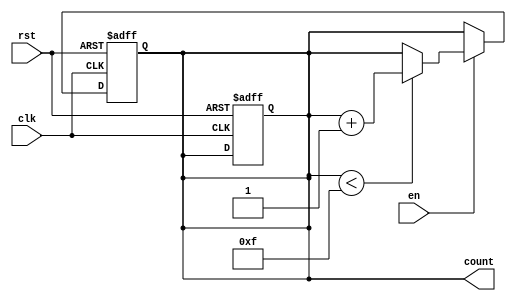
module incremental_counter #(
    parameter MAX_VAL = 15, // Parameter for maximum count value (can be adjusted)
    parameter WIDTH = 4     // Width of the counter (log2(MAX_VAL + 1))
)(
    input wire clk,         // Clock signal
    input wire rst,         // Asynchronous reset signal
    input wire en,          // Enable signal
    output reg [WIDTH-1:0] count // Current count value
);

// Memory block (for demonstration purposes using a reg array)
reg [WIDTH-1:0] memory_block;

// Initial value for the counter
initial begin
    count = 0;
end

// Always block for synchronous operations (with respect to clock)
always @(posedge clk or posedge rst) begin
    if (rst) begin
        // Asynchronous reset
        count <= 0;
        memory_block <= 0;
    end else if (en) begin
        // Incrementing operation
        if (count < MAX_VAL) begin
            count <= count + 1;
        end 
        // Writing the current count to the memory block
        memory_block <= count;
    end
end

// Continuous assignment for count output from the memory block
always @(*) begin
    count = memory_block; // Read current count from memory block
end

endmodule